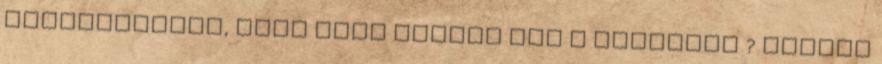
bizonyságunk, hogy ezen néptol jön a nyelvünk ? Akiket